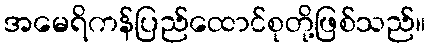
အမေရိကန်ပြည်ထောင်စုတို့ဖြစ်သည်။